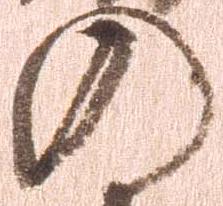
の